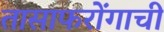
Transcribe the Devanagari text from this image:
तासाफरोंगाची